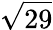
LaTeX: \sqrt{29}